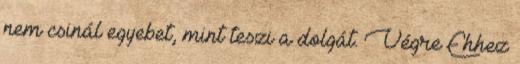
nem csinál egyebet, mint teszi a dolgát. Végre Ehhez